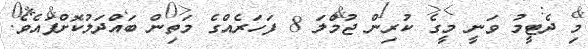
މި ދެޓީމު ވަނީ މީގެ ކުރިން ޖުމްލަ 8 ފަހަރެއްގެ މަތިން ބައްދަލުކޮށްފައެވެ.